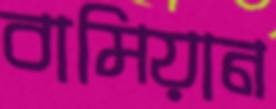
বামিয়ান